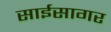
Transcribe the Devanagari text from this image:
साईसागर